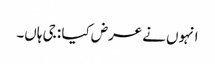
انہوں نے عرض کیا : جی ہاں۔